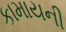
કામાયની